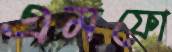
এমফো